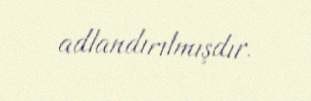
adlandırılmışdır.